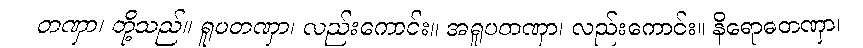
တဏှာ၊ တို့သည်။ ရူပတဏှာ၊ လည်းကောင်း။ အရူပတဏှာ၊ လည်းကောင်း။ နိရောဓတဏှာ၊